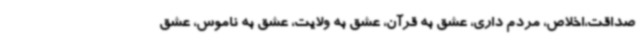
صداقت،اخلاص، مردم داری، عشق به قرآن، عشق به ولایت، عشق به ناموس، عشق